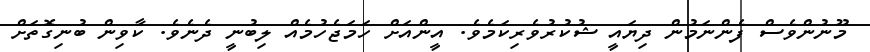
މޫނުންވެސް ފެންނަމުން ދިޔައީ ޝުކުރުވެރިކަމެވެ. އީންއަށް ހަމަޖެހުމެއް ލިބުނީ ދެނެވެ. ކާވިން ބުނިގޮތަށް